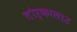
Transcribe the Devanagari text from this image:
तोर्कालाउ